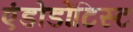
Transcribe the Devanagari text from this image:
एंडोडोंटिस्ट